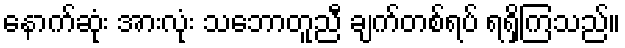
နောက်ဆုံး အားလုံး သဘောတူညီ ချက်တစ်ရပ် ရရှိကြသည်။